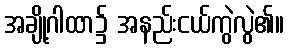
အချို့ဂါထာ၌ အနည်းငယ်ကွဲလွဲ၏။